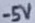
Text: -5V